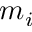
m _ { i }